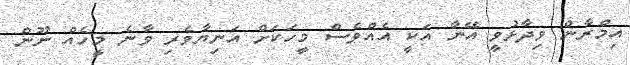
އިމްރާން ވިދާޅުވީ އޭނާ އަކީ އެއްވެސް މީހަކަށް އަނިޔާވެރި ވާނެ މީހެއް ނޫން